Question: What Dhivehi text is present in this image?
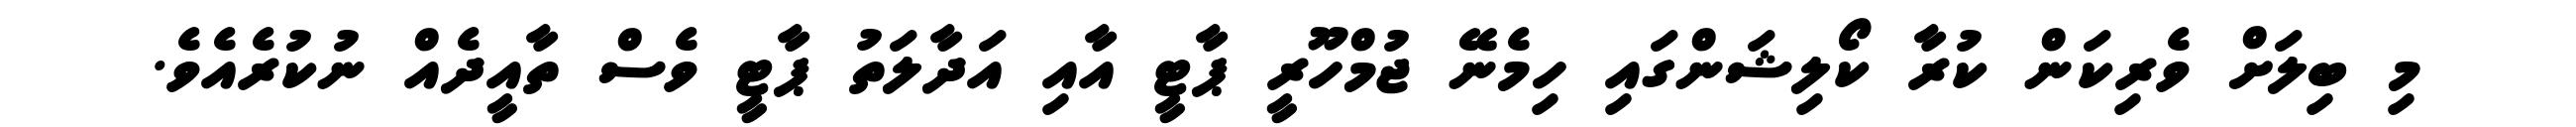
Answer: މި ބިލަށް ވެރިކަން ކުރާ ކޯލިޝަންގައި ހިމެނޭ ޖުމްހޫރީ ޕާޓީ އާއި އަދާލަތު ޕާޓީ ވެސް ތާއީދެއް ނުކުރެއެވެ.